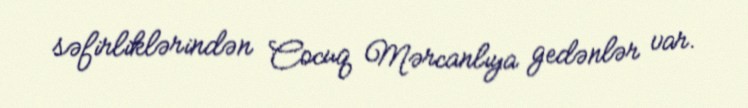
səfirliklərindən Cocuq Mərcanlıya gedənlər var.